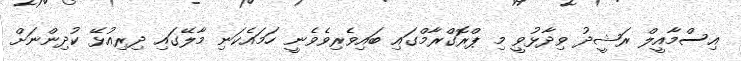
އިސްމާއީލް ރަޝީދު ވިދާޅުވީ މި ޕްރޮގްރާމްގައި ބައިވެރިވެވެނީ ހަމައެކަނި މާލޭގައި ދިރިއުޅޭ ކުދިންނަށް